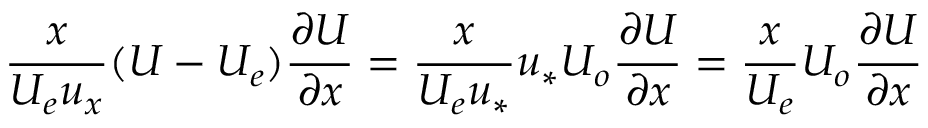
\frac { x } { U _ { e } u _ { x } } ( U - U _ { e } ) \frac { \partial U } { \partial x } = \frac { x } { U _ { e } u _ { * } } u _ { * } U _ { o } \frac { \partial U } { \partial x } = \frac { x } { U _ { e } } U _ { o } \frac { \partial U } { \partial x }